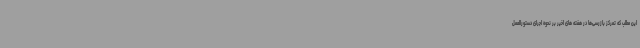
این مطلب که تمرکز بازرسی‌ها در هفته های اخیر بر نحوه اجرای دستورالعمل